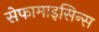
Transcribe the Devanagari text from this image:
सेफामाइसिन्स